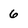
Character: 6